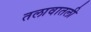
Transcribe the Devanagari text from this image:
तलावातली